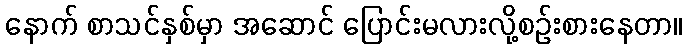
နောက် စာသင်နှစ်မှာ အဆောင် ပြောင်းမလားလို့စဉ်းစားနေတာ။